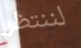
لننتظر